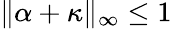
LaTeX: \| \alpha+\kappa\| _{\infty}\leq 1